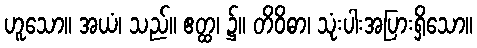
ဟူသော။ အယံ၊ သည်။ ဧတ္ထ၊ ၌။ တိဝိဓာ၊ သုံးပါးအပြားရှိသော။